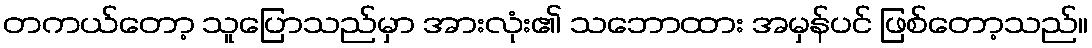
တကယ်တော့ သူပြောသည်မှာ အားလုံး၏ သဘောထား အမှန်ပင် ဖြစ်တော့သည်။